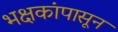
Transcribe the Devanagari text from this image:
भक्षकांपासून